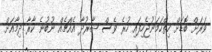
ވަރަށް ބޮޑަށް ހިތްހަމަނުޖެހިފައި ހުރެ ވެސް ޝާރުދާ އެއްޗެއް ނުބުނެ ކާރާ ދިމާއަށް